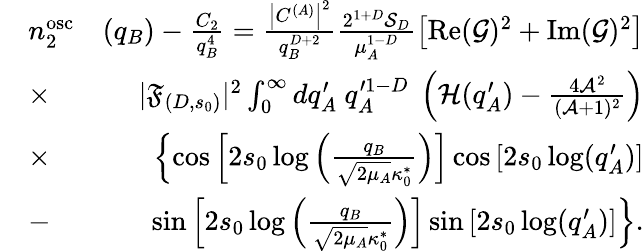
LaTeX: \begin{array}{rlr}&{n_{2}^{\mathrm{osc}}}&{(q_{B})-\frac{C_{2}}{q_{B}^{4}}=\frac{\left|C^{(A)}\right|^{2}}{q_{B}^{D+2}}\frac{2^{1+D}\mathcal{S}_{D}}{\mu_{A}^{1-D}}\left[\operatorname{Re}(\mathcal{G})^{2}+\operatorname{Im}(\mathcal{G})^{2}\right]}\\ &{\times}&{|\mathfrak{F}_{(D,s_{0})}|^{2}\int_{0}^{\infty}dq_{A}^{\prime}\ q_{A}^{\prime 1-D}\ \left(\mathcal{H}(q_{A}^{\prime})-\frac{4\mathcal{A}^{2}}{(\mathcal{A}+1)^{2}}\right)}\\ &{\times}&{\left\{ \cos\left[2s_{0}\log\left({\frac{q_{B}}{\sqrt{2\mu_{A}}\kappa_{0}^{*}}}\right)\right]\cos\left[2s_{0}\log(q_{A}^{\prime})\right]\right.}\\ &{-}&{\left.\sin\left[2s_{0}\log\left(\frac{q_{B}}{\sqrt{2\mu_{A}}\kappa_{0}^{*}}\right)\right]\sin\left[2s_{0}\log({q_{A}^{\prime})}\right]\right\} .}\end{array}